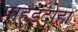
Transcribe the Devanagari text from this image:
पाहुड़दोहा